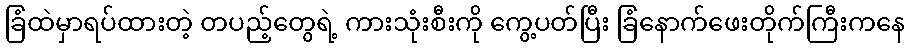
ခြံထဲမှာရပ်ထားတဲ့ တပည့်တွေရဲ့ ကားသုံးစီးကို ကွေ့ပတ်ပြီး ခြံနောက်ဖေးတိုက်ကြီးကနေ